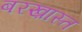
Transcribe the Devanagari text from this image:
बरख़ास्त